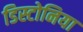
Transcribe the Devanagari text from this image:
डिस्टोनिया